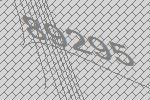
89295